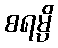
စရမ္ပိ